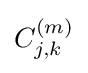
C_{j,k}^{(m)}